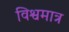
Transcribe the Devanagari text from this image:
विश्वमात्र